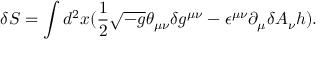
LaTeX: \delta S = \int d ^ { 2 } x ( \frac { 1 } { 2 } \sqrt { - g } \theta _ { \mu \nu } \delta g ^ { \mu \nu } - \epsilon ^ { \mu \nu } \partial _ { \mu } \delta A _ { \nu } h ) .